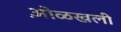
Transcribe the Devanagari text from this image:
ओ़ळखली